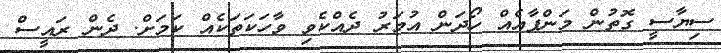
ސިޔާސީ ގޮތުން މަންފާއެއް ހޯދަން އުމަރު ދެއްކެވި ވާހަކަތަކެއް ކަމަށް. ދެން ރައީސް